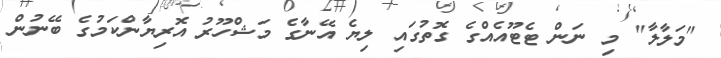
"މަލާލާ" މި ނަން ޓެޓޫއެއްގެ ގޮތުގައި ލިޔެ އޭނާގެ މަޝްހޫރު އޮރިޔާންކަމުގެ ބޭނުން